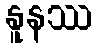
နူနဿ